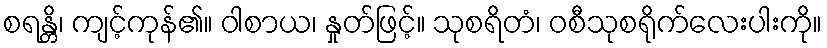
စရန္တိ၊ ကျင့်ကုန်၏။ ဝါစာယ၊ နှုတ်ဖြင့်။ သုစရိတံ၊ ဝစီသုစရိုက်လေးပါးကို။